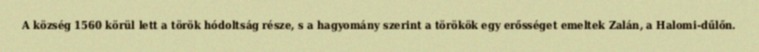
A község 1560 körül lett a török hódoltság része, s a hagyomány szerint a törökök egy erősséget emeltek Zalán, a Halomi-dűlőn.